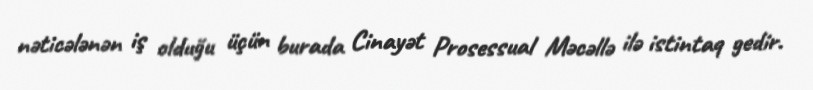
nəticələnən iş olduğu üçün burada Cinayət Prosessual Məcəllə ilə istintaq gedir.